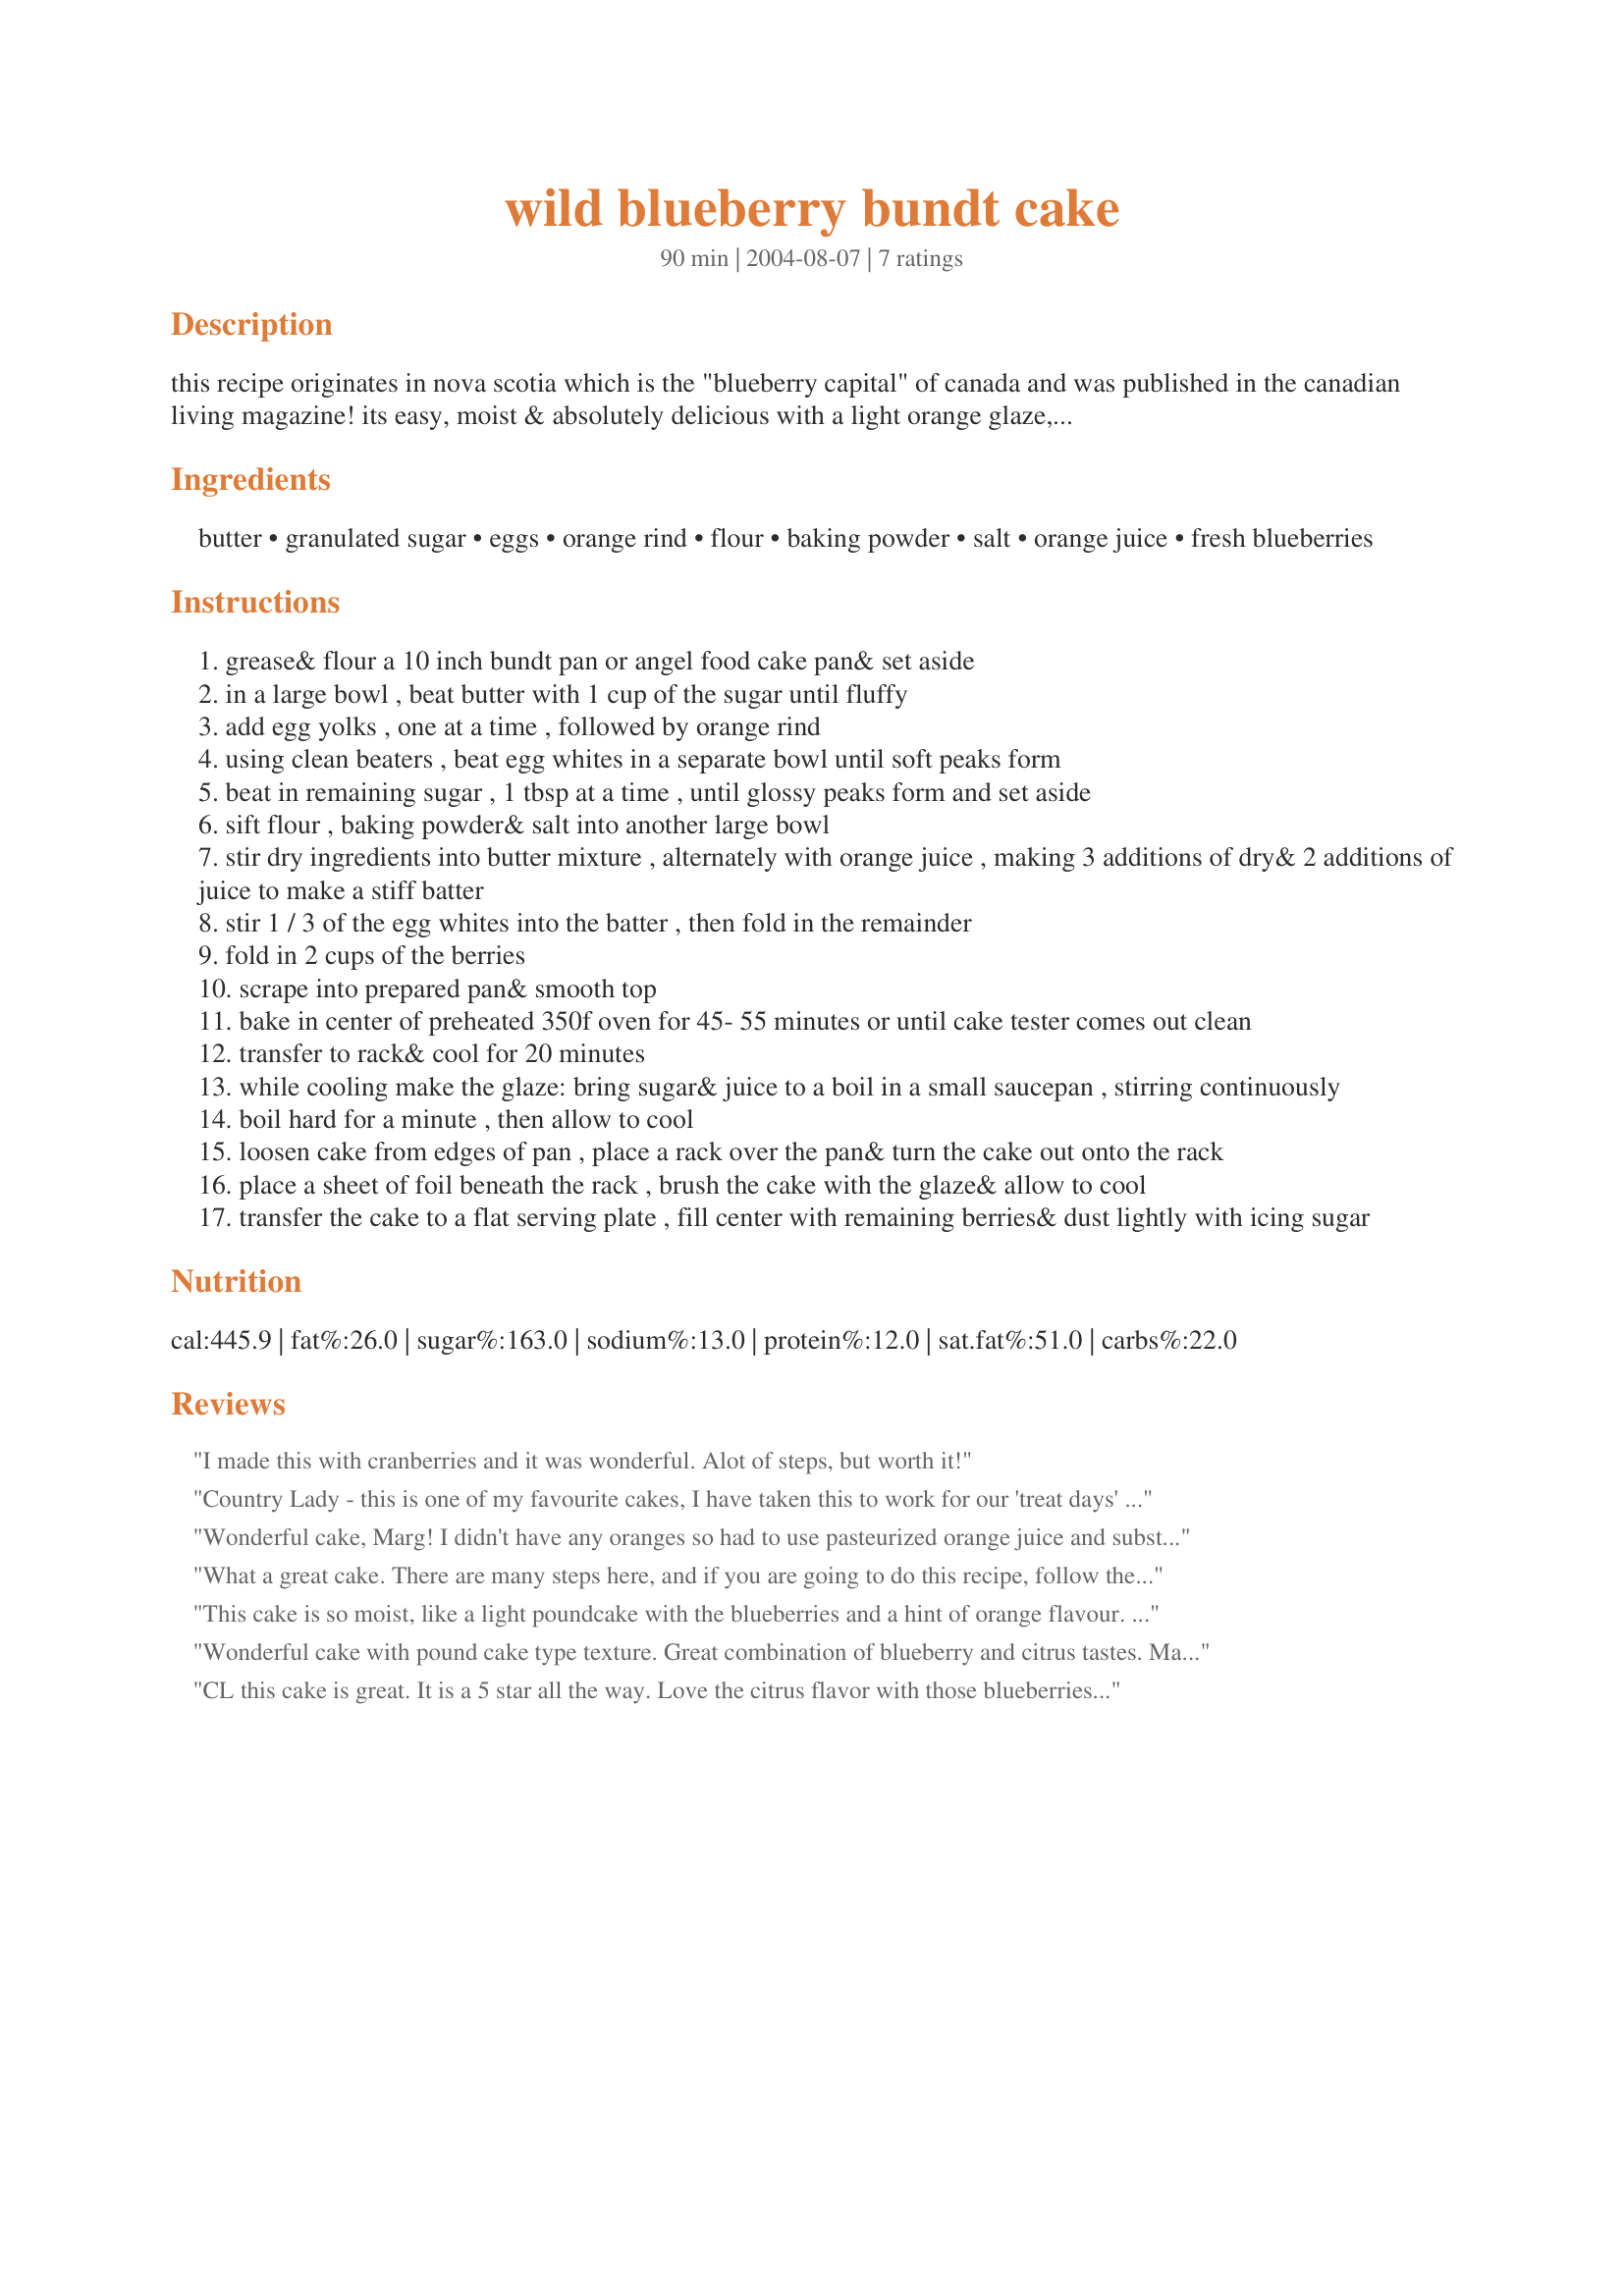
wild blueberry bundt cake
Preparation time: 90 minutes

this recipe originates in nova scotia which is the "blueberry capital" of canada and was published in the canadian living magazine! its easy, moist & absolutely delicious with a light orange glaze, served with ice cream or solo. it can also be made with "cultivated" berries.

Ingredients:
butter, granulated sugar, eggs, orange rind, flour, baking powder, salt, orange juice, fresh blueberries

Steps:
grease& flour a 10 inch bundt pan or angel food cake pan& set aside
in a large bowl , beat butter with 1 cup of the sugar until fluffy
add egg yolks , one at a time , followed by orange rind
using clean beaters , beat egg whites in a separate bowl until soft peaks form
beat in remaining sugar , 1 tbsp at a time , until glossy peaks form and set aside
sift flour , baking powder& salt into another large bowl
stir dry ingredients into butter mixture , alternately with orange juice , making 3 additions of dry& 2 additions of juice to make a stiff batter
stir 1 / 3 of the egg whites into the batter , then fold in the remainder
fold in 2 cups of the berries
scrape into prepared pan& smooth top
bake in center of preheated 350f oven for 45- 55 minutes or until cake tester comes out clean
transfer to rack& cool for 20 minutes
while cooling make the glaze: bring sugar& juice to a boil in a small saucepan , stirring continuously
boil hard for a minute , then allow to cool
loosen cake from edges of pan , place a rack over the pan& turn the cake out onto the rack
place a sheet of foil beneath the rack , brush the cake with the glaze& allow to cool
transfer the cake to a flat serving plate , fill center with remaining berries& dust lightly with icing sugar

Reviews:
I made this with cranberries and it was wonderful. Alot of steps, but worth it!
Country Lady - this is one of my favourite cakes, I have taken this to work for our 'treat days' several times and I always take copies of the recipe along!! It is a moist, scrumptious cake!I love orange peel and I usually grate a little extra to add to the glaze too. YUMMY!!
Wonderful cake, Marg! I didn't have any oranges so had to use pasteurized orange juice and substituted a tablespoon of Triple Sec for the orange rind. The cake still tasted so good - I had two pieces! I will definitely make this cake again.
What a great cake. There are many steps here, and if you are going to do this recipe, follow them carefully, I flubbed up a little bit by adding all the sugar in at the beginning and using 4 cups of blueberries in the batter instead of 2. The cake was very blueberry - y but yummy still.
This cake is so moist, like a light poundcake with the blueberries and a hint of orange flavour. The crust is crunchy, Canadian Living recipes cannot put you wrong.
Wonderful cake with pound cake type texture. Great combination of blueberry and citrus tastes. Made it just like the recipe and used blueberries picked minutes earlier. Served it at a cookout and everyone asked for seconds. Will add it to my favorites!
CL this cake is great. It is a 5 star all the way. Love the citrus flavor with those blueberries, of course, they weren't wild blueberries, but who will ever know. I sure won't tell!!!! Thanks for the recipe!!!
